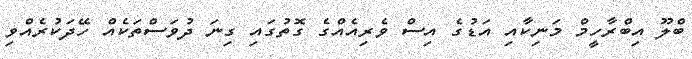
ބްލޫ އިބްރާހީމް މަނިކާއި އަޑުގެ އިސް ވެރިއެއްގެ ގޮތުގައި ގިނަ ދުވަސްތަކެއް ހޭދަކުރެއްވި